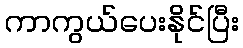
ကာကွယ်ပေးနိုင်ပြီး